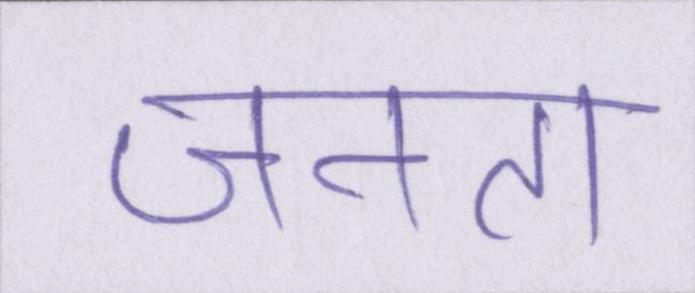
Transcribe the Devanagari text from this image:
जनता